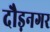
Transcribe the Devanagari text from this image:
दौड़नगर